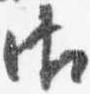
御